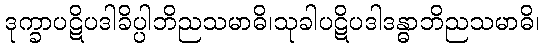
ဒုက္ခာပဋိပဒါခိပ္ပါဘိညသမာဓိ၊သုခါပဋိပဒါဒန္ဓာဘိညသမာဓိ၊